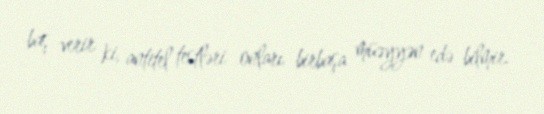
baş verir ki, antitel testləri onları birbaşa müəyyən edə bilmir.